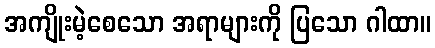
အကျိုးမဲ့စေသော အရာများကို ပြသော ဂါထာ။